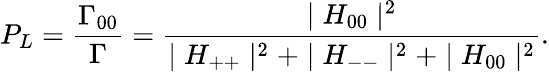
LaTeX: {P}_{L}={\frac{{\Gamma}_{00}}{\Gamma}}={\frac{\mid H_{00}\mid^{2}}{\mid H_{++}\mid^{2}+\mid H_{--}\mid^{2}+\mid H_{00}\mid^{2}}}.